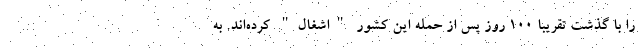
را با گذشت تقریباً ۱۰۰ روز پس از حمله این کشور "اشغال" کرده‌اند. به